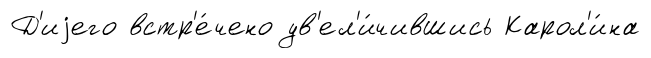
Д'иjего встр'е́чено ув'ел'и́чившись Карол'и́на